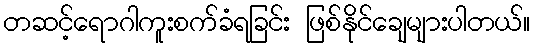
တဆင့်ရောဂါကူးစက်ခံရခြင်း ဖြစ်နိုင်ချေများပါတယ်။